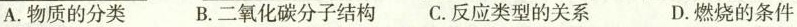
A.物质的分类 B.二氧化碳分子结构 C.反应类型的关系 D.燃烧的条件